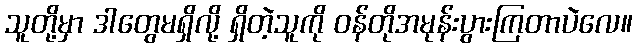
သူတို့မှာ ဒါတွေမရှိလို့ ရှိတဲ့သူကို ဝန်တိုအမုန်းပွားကြတာပဲလေ။